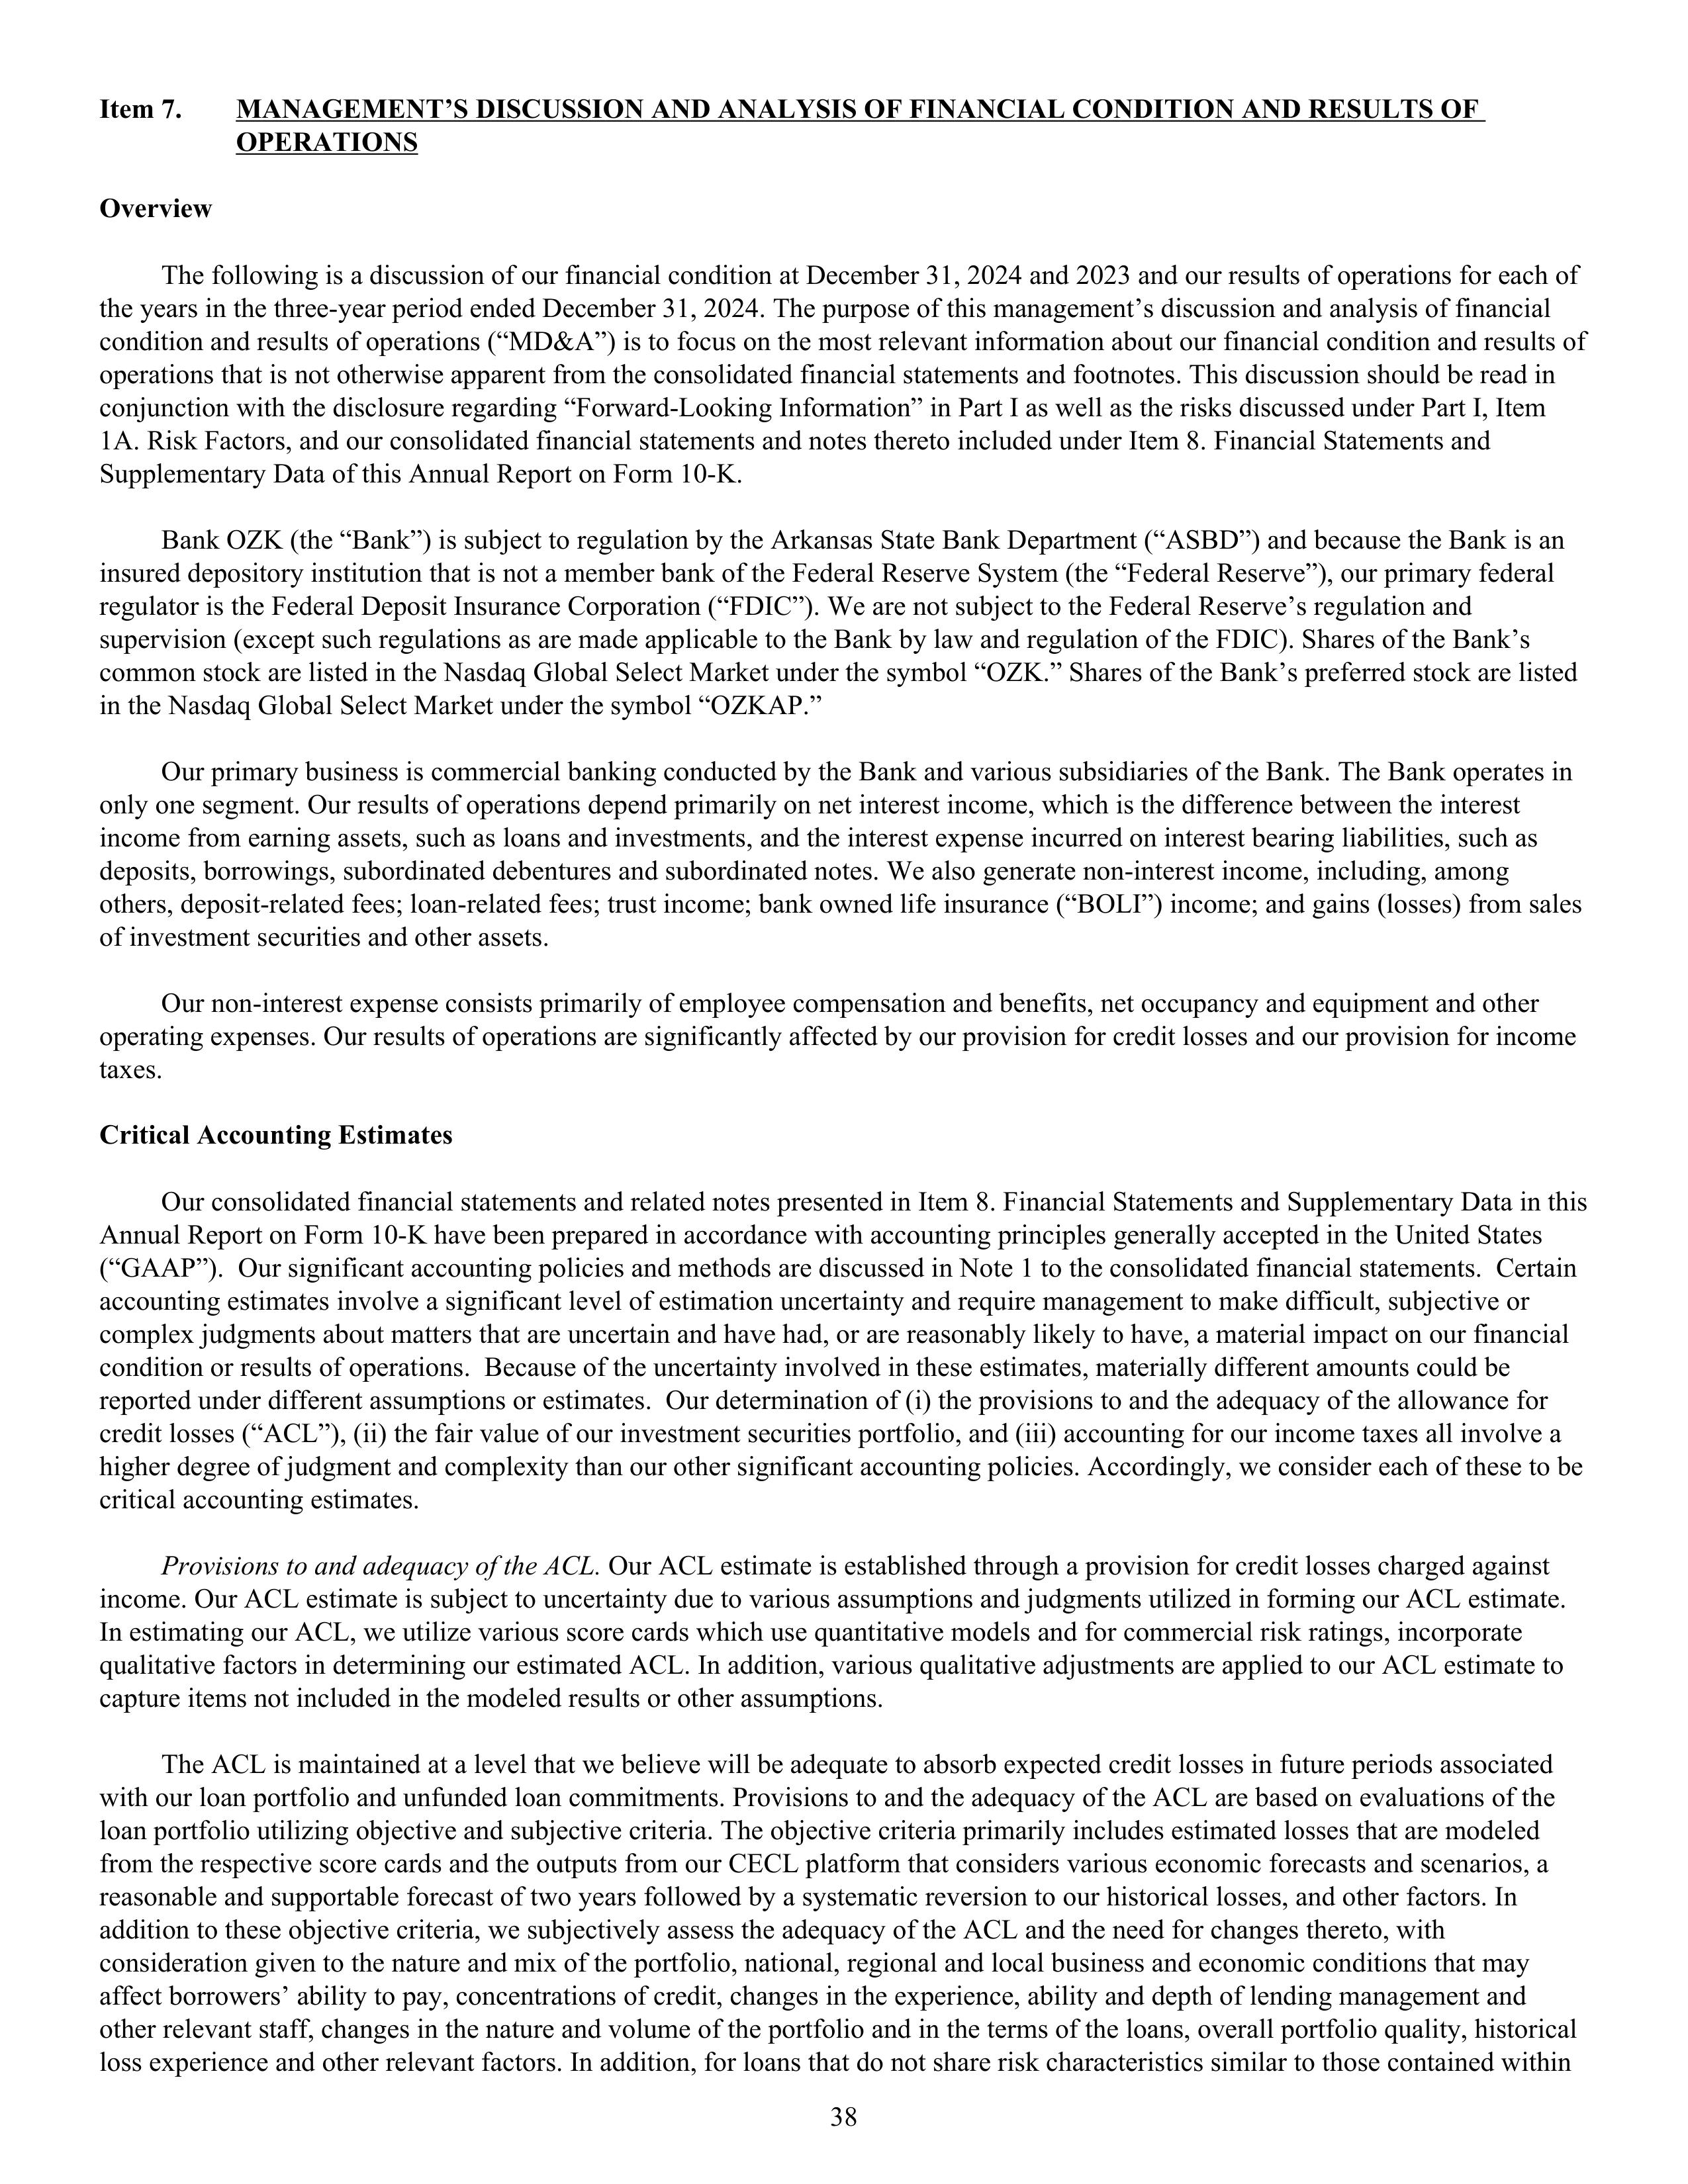
Item 7.    MANAGEMENT’S DISCUSSION AND ANALYSIS OF FINANCIAL CONDITION AND RESULTS OF
           OPERATIONS

Overview

The following is a discussion of our financial condition at December 31, 2024 and 2023 and our results of operations for each of
the years in the three-year period ended December 31, 2024. The purpose of this management’s discussion and analysis of financial
condition and results of operations (“MD&A”) is to focus on the most relevant information about our financial condition and results of
operations that is not otherwise apparent from the consolidated financial statements and footnotes. This discussion should be read in
conjunction with the disclosure regarding “Forward-Looking Information” in Part I as well as the risks discussed under Part I, Item
1A. Risk Factors, and our consolidated financial statements and notes thereto included under Item 8. Financial Statements and
Supplementary Data of this Annual Report on Form 10-K.

Bank OZK (the “Bank”) is subject to regulation by the Arkansas State Bank Department (“ASBD”) and because the Bank is an
insured depository institution that is not a member bank of the Federal Reserve System (the “Federal Reserve”), our primary federal
regulator is the Federal Deposit Insurance Corporation (“FDIC”). We are not subject to the Federal Reserve’s regulation and
supervision (except such regulations as are made applicable to the Bank by law and regulation of the FDIC). Shares of the Bank’s
common stock are listed in the Nasdaq Global Select Market under the symbol “OZK.” Shares of the Bank’s preferred stock are listed
in the Nasdaq Global Select Market under the symbol “OZKAP.”

Our primary business is commercial banking conducted by the Bank and various subsidiaries of the Bank. The Bank operates in
only one segment. Our results of operations depend primarily on net interest income, which is the difference between the interest
income from earning assets, such as loans and investments, and the interest expense incurred on interest bearing liabilities, such as
deposits, borrowings, subordinated debentures and subordinated notes. We also generate non-interest income, including, among
others, deposit-related fees; loan-related fees; trust income; bank owned life insurance (“BOLI”) income; and gains (losses) from sales
of investment securities and other assets.

Our non-interest expense consists primarily of employee compensation and benefits, net occupancy and equipment and other
operating expenses. Our results of operations are significantly affected by our provision for credit losses and our provision for income
taxes.

Critical Accounting Estimates

Our consolidated financial statements and related notes presented in Item 8. Financial Statements and Supplementary Data in this
Annual Report on Form 10-K have been prepared in accordance with accounting principles generally accepted in the United States
(“GAAP”). Our significant accounting policies and methods are discussed in Note 1 to the consolidated financial statements. Certain
accounting estimates involve a significant level of estimation uncertainty and require management to make difficult, subjective or
complex judgments about matters that are uncertain and have had, or are reasonably likely to have, a material impact on our financial
condition or results of operations. Because of the uncertainty involved in these estimates, materially different amounts could be
reported under different assumptions or estimates. Our determination of (i) the provision to and the adequacy of the allowance for
credit losses (“ACL”); (ii) the fair value of our investment securities portfolio; and (iii) accounting for our income taxes all involve a
higher degree of judgment and complexity than our other significant accounting policies. Accordingly, we consider each of these to be
critical accounting estimates.

Provisions to and adequacy of the ACL. Our ACL estimate is established through a provision for credit losses charged against
income. Our ACL estimate is subject to uncertainty due to various assumptions and judgments utilized in forming our ACL estimate.
In estimating our ACL, we utilize various score cards which use quantitative models and for commercial risk ratings, incorporate
qualitative factors in determining our estimated ACL. In addition, various qualitative adjustments are applied to our ACL estimate to
capture items not included in the model results or other assumptions.

The ACL is maintained at a level that we believe will be adequate to absorb expected credit losses in future periods associated
with our loan portfolio and unfunded loan commitments. Provisions to and the adequacy of the ACL are based on evaluations of the
loan portfolio utilizing objective and subjective criteria. The objective criteria primarily includes estimated losses that are modeled
from the respective score cards and the outputs from our CECL platform that considers various economic forecasts and scenarios, a
reasonable and supportable forecast of two years followed by a systematic reversion to our historical losses, and other factors. In
addition to these objective criteria, we subjectively assess the adequacy of the ACL and the need for changes thereto, with
consideration given to the nature and mix of the portfolio, national, regional and local business and economic conditions that may
affect borrowers’ ability to pay, concentrations of credit, changes in the experience, ability and depth of lending management and
other relevant staff, changes in the nature and volume of the portfolio and in the terms of the loans, overall portfolio quality, historical
loss experience and other relevant factors. In addition, for loans that do not share risk characteristics similar to those contained within

38